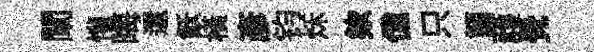
闡懽晦還飫橫彥钧秌欸億只箇䕶覺